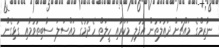
ނާޒިމްގެ މައްޗަށް ދައުލަތުން އުފުލި މަކަރާއި ހީލަތް ހެދުމުގެ މައްސަލަ ސާބިތުވުމާއި ގުޅިގެން